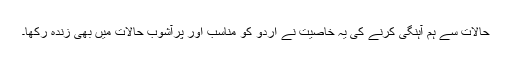
حالات سے ہم آہنگی کرنے کی یہ خاصیت نے اردو کو مناسب اور پرآشوب حالات میں بھی زندہ رکھا۔